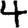
Digit: 4